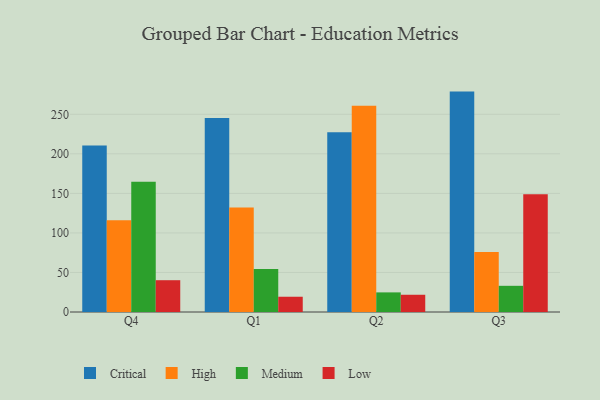
{"axis": {"x": "Quarter", "y": "Backlog"}, "legend": ["Critical", "High", "Low", "Medium"], "data": [{"x": "Q4", "y": 210.4, "type": "Critical"}, {"x": "Q4", "y": 115.9, "type": "High"}, {"x": "Q4", "y": 164.8, "type": "Medium"}, {"x": "Q4", "y": 40.2, "type": "Low"}, {"x": "Q1", "y": 245.3, "type": "Critical"}, {"x": "Q1", "y": 132.0, "type": "High"}, {"x": "Q1", "y": 54.3, "type": "Medium"}, {"x": "Q1", "y": 19.3, "type": "Low"}, {"x": "Q2", "y": 227.3, "type": "Critical"}, {"x": "Q2", "y": 260.7, "type": "High"}, {"x": "Q2", "y": 24.8, "type": "Medium"}, {"x": "Q2", "y": 21.8, "type": "Low"}, {"x": "Q3", "y": 278.7, "type": "Critical"}, {"x": "Q3", "y": 76.0, "type": "High"}, {"x": "Q3", "y": 33.1, "type": "Medium"}, {"x": "Q3", "y": 148.8, "type": "Low"}]}